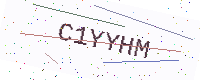
Text: C1YYHM